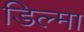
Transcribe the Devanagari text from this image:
डिल्मा